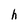
Character: h